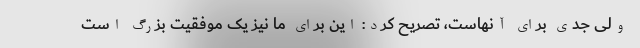
ولی جدی برای آنهاست، تصریح کرد: این برای ما نیز یک موفقیت بزرگ است